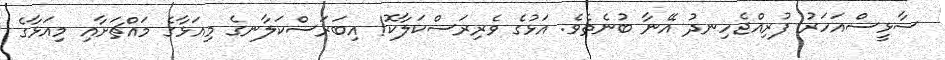
ސާޅީސްއަހަރު ފުރިއްޖެހިނދު އޭނާ ބުނެތެވެ. އަޅުގެ ވެރިރަސްކަލާކޮ! އިބަރަސްކަލާނގެ މިއަޅާގެ މައްޗަށާއި މިއަޅާގެ